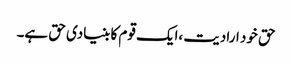
حق خود ارادیت ،ایک قوم کا بنیادی حق ہے۔